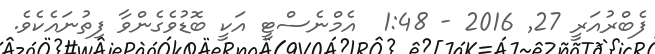
ފެބްރުއަރީ 27